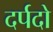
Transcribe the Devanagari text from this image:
दर्पदो